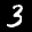
Label: 3